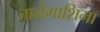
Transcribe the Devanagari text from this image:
तानेगाशिमा